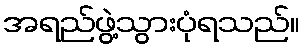
အရည်ဖွဲ့သွားပုံရသည်။